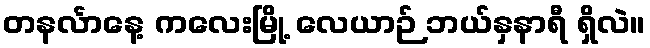
တနင်္လာနေ့ ကလေးမြို့ လေယာဉ် ဘယ်နှနာရီ ရှိလဲ။